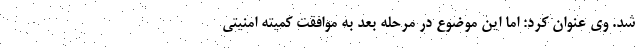
شد. وی عنوان کرد: اما این موضوع در مرحله بعد به موافقت کمیته امنیتی